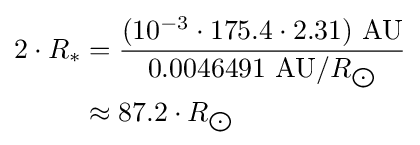
{\begin{aligned}2\cdot R_{*}&={\frac {(10^{-3}\cdot 175.4\cdot 2.31)\ {\text{AU}}}{0.0046491\ {\text{AU}}/R_{\bigodot }}}\\&\approx 87.2\cdot R_{\bigodot }\end{aligned}}